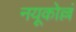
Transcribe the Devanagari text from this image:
नयूकोल्लं